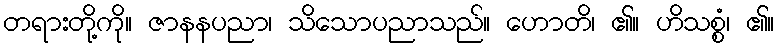
တရားတို့ကို။ ဇာနနပညာ၊ သိသောပညာသည်။ ဟောတိ၊ ၏။ ဟိသစ္စံ၊ ၏။